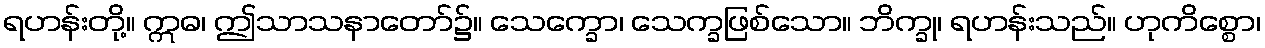
ရဟန်းတို့။ ဣဓ၊ ဤသာသနာတော်၌။ သေက္ခော၊ သေက္ခဖြစ်သော။ ဘိက္ခု၊ ရဟန်းသည်။ ဟုကိစ္စော၊